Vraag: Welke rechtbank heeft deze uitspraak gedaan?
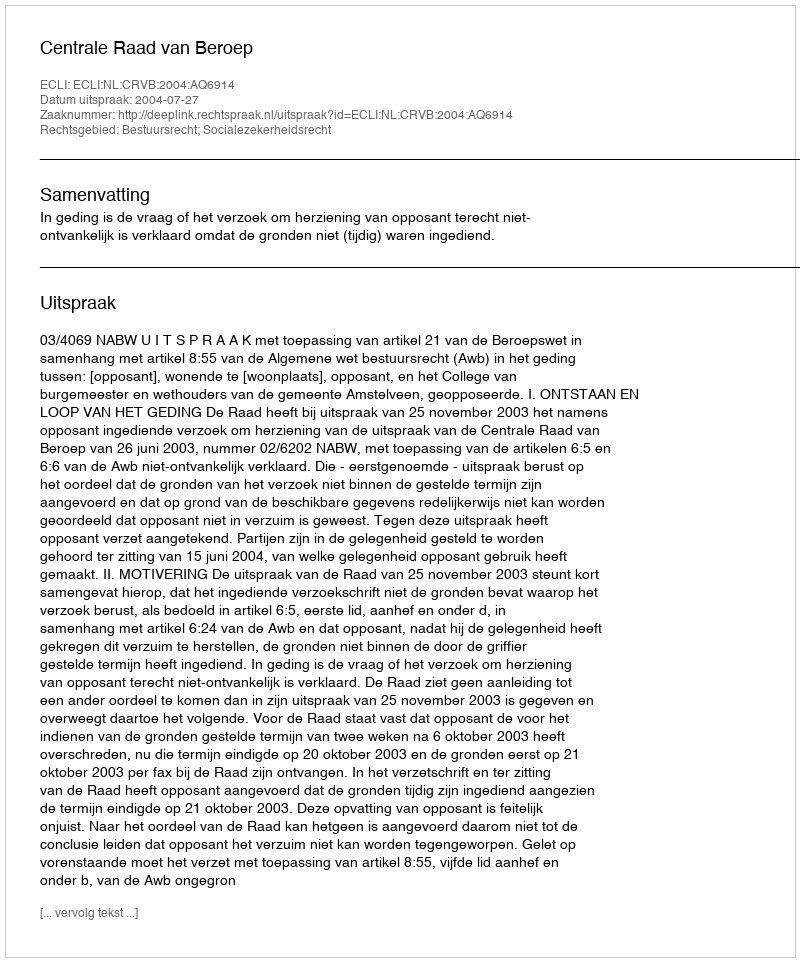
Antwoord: Centrale Raad van Beroep